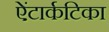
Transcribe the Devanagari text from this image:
ऐंटार्कटिका